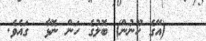
١٦   (އޭގެ ހޫނުން) ބޮލުގެ ހަން ނޮޅާ  ގައެވެ.